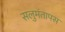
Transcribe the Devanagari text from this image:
सलुमंतापस